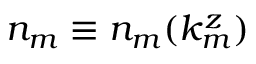
n _ { m } \equiv n _ { m } ( k _ { m } ^ { z } )